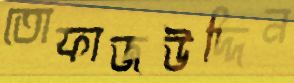
তোফাজউদ্দিন